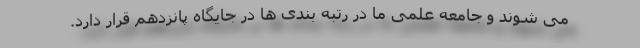
می شوند و جامعه علمی ما در رتبه بندی ها در جایگاه پانزدهم قرار دارد.